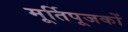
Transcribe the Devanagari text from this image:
मूर्तिपूजकों